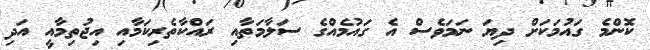
ކޮންމެ ގައުމަކަށް ދިޔަ ނަމަވެސް އެ ގައުމެއްގެ ސަލާމަތާއި ރައްކާތެރިކަމާއި އިޖުތިމާއީ އަދި